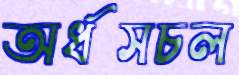
অর্ধসচল